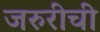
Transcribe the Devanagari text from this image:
जरुरीची